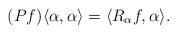
\begin{align*} (Pf)\langle \alpha, \alpha\rangle= \langle R_{\alpha} f, \alpha\rangle. \end{align*}